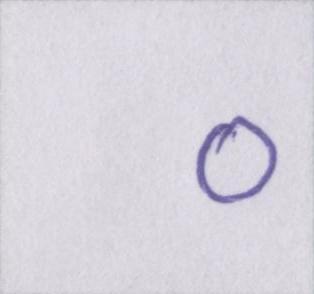
०